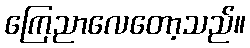
ကြေညာလေတော့သည်။